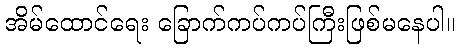
အိမ်ထောင်ရေး ခြောက်ကပ်ကပ်ကြီးဖြစ်မနေပါ။